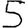
Digit: 5